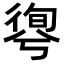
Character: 𢕊